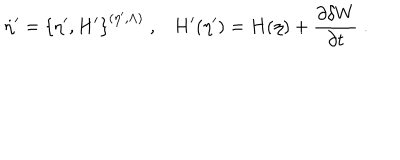
LaTeX: \dot { \eta } ^ { \prime } = \left\{ \eta ^ { \prime } , H ^ { \prime } \right\} ^ { ( \eta ^ { \prime } , \Lambda ) } \; , H ^ { \prime } ( \eta ^ { \prime } ) = H ( \eta ) + \frac { \partial \delta W } { \partial t } \; .